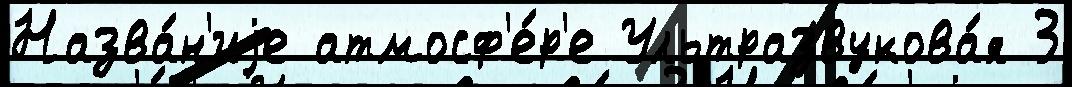
Назва́н'иjе атмосф'е́р'е Ультразвукова́я 3